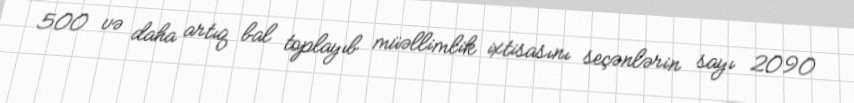
500 və daha artıq bal toplayıb müəllimlik ixtisasını seçənlərin sayı 2090